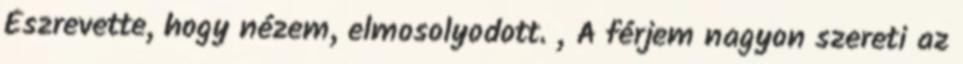
Észrevette, hogy nézem, elmosolyodott. „A férjem nagyon szereti az